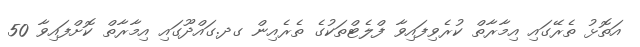
އަތޮޅު ތެރޭގައި އިމާރާތް ކުރެވިފައިވާ ފްލެޓްތަކުގެ ތެރެއިން ގދ.ގައްދޫގައި އިމާރާތް ކޮށްފައިވާ 50